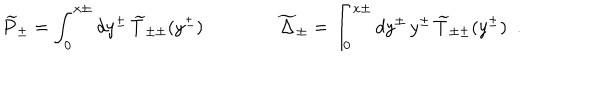
LaTeX: \widetilde { P } _ { \pm } = \int _ { 0 } ^ { x \pm } d y ^ { \pm } \, \widetilde { T } _ { \pm \pm } ( y ^ { \pm } ) \qquad \qquad \widetilde { \Delta } _ { \pm } = \int _ { 0 } ^ { x \pm } d y ^ { \pm } \, y ^ { \pm } \, \widetilde { T } _ { \pm \pm } ( y ^ { \pm } ) \ \ .